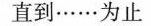
直到……为止